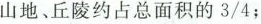
山地、丘陵约占地面积的3/4；